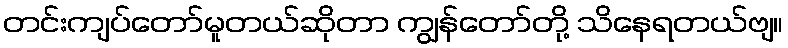
တင်းကျပ်တော်မူတယ်ဆိုတာ ကျွန်တော်တို့ သိနေရတယ်ဗျ။